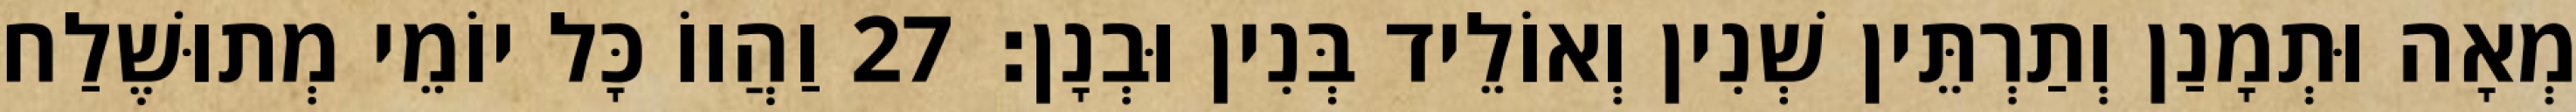
מְאָה וּתְמָנַן וְתַרְתֵּין שְׁנִין וְאוֹלֵיד בְּנִין וּבְנָן׃ 27 וַהֲווֹ כָּל יוֹמֵי מְתוּשֶׁלַח